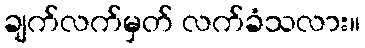
ချက်လက်မှတ် လက်ခံသလား။